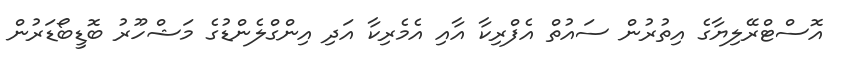
އޮސްޓްރޭލިޔާގެ އިތުރުން ސައުތް އެފްރިކާ އާއި އެމެރިކާ އަދި އިންގްލެންޑުގެ މަޝްހޫރު ބޮޑީބޯޑަރުން